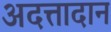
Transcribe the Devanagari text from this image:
अदत्तादान